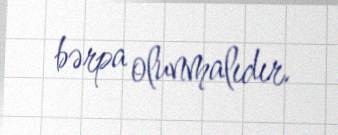
bərpa olunmalıdır.